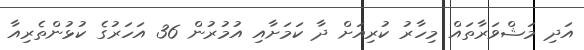
އަދި މަޝްވަރާތައް މިހާރު ކުރިއަށް ދާ ކަމަށާއި އުމުރުން 36 އަހަރުގެ ކުޅުންތެރިއާ